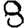
Digit: 8